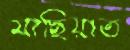
মাছিয়াত